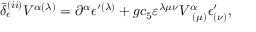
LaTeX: \bar { \delta } _ { \epsilon } ^ { ( i i ) } V ^ { \alpha ( \lambda ) } = \partial ^ { \alpha } \epsilon ^ { \prime ( \lambda ) } + g c _ { 5 } \varepsilon ^ { \lambda \mu \nu } V _ { \; \; ( \mu ) } ^ { \alpha } \epsilon _ { ( \nu ) } ^ { \prime } ,